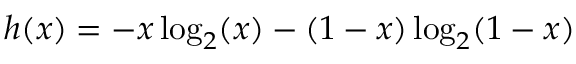
h ( x ) = - x \log _ { 2 } ( x ) - ( 1 - x ) \log _ { 2 } ( 1 - x )